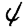
Digit: 4